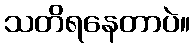
သတိရနေတာပဲ။